Annual administration report of the Civil Veterinary Department of India - 1894-1895
Year: 1894
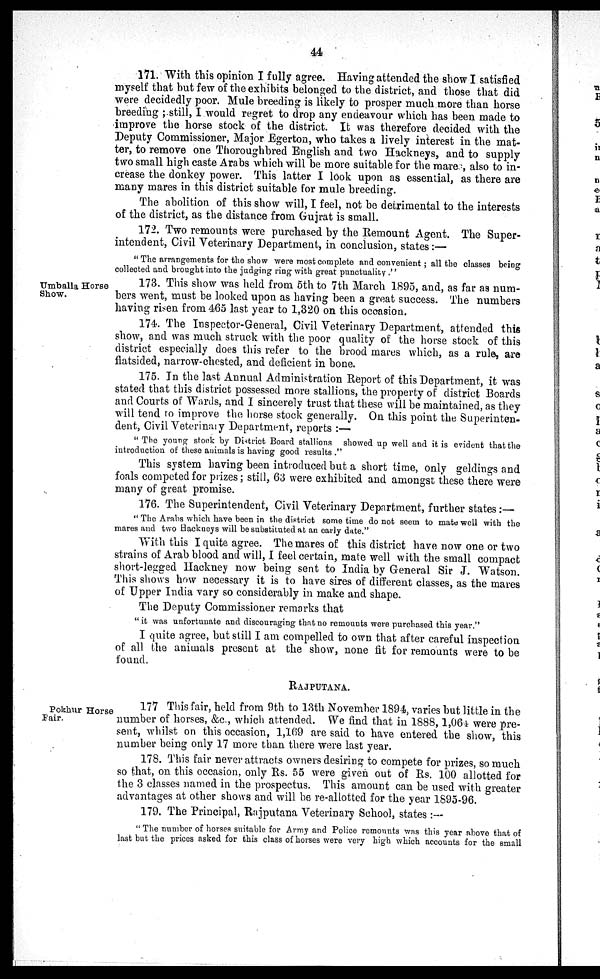
44
171. With this opinion I fully agree. Having attended the show I satisfied
myself that but few of the exhibits belonged to the district, and those that did
were decidedly poor. Mule breeding is likely to prosper much more than horse
breeding ; still, I would regret to drop any endeavour which has been made to
improve the horse stock of the district. It was therefore decided with the
Deputy Commissioner, Major Egerton, who takes a lively interest in the mat-
ter, to remove one Thoroughbred English and two Hackneys, and to supply
two small high caste Arabs which will be more suitable for the mares, also to in-
crease the donkey power. This latter I look upon as essential, as there are
many mares in this district suitable for mule breeding.
The abolition of this show will, I feel, not be detrimental to the interests
of the district, as the distance from Gujrat is small.
172. Two remounts were purchased by the Remount Agent. The Super-
intendent, Civil Veterinary Department, in conclusion, states:—
" The arrangements for the show were most complete and convenient; all the classes being
collected and brought into the judging ring with great punctuality ."
Umballa Horse
Show.
173. This show was held from 5th to 7th March 1895, and, as far as num-
bers went, must be looked upon as having been a great success. The numbers
having risen from 465 last year to 1,320 on this occasion.
174. The Inspector-General, Civil Veterinary Department, attended this
show, and was much struck with the poor quality of the horse stock of this
district especially does this refer to the brood mares which, as a rule, are
flatsided, narrow-chested, and deficient in bone.
175. In the last Annual Administration Report of this Department, it was
stated that this district possessed more stallions, the property of district Boards
and Courts of Wards, and I sincerely trust that these will be maintained, as they
will tend to improve the horse stock generally. On this point the Superinten-
dent, Civil Veterinary Department, reports :—
" The young stock by District Board stallions showed up well and it is evident that the
introduction of these animals is having good results ."
This system having been introduced but a short time, only geldings and
foals competed for prizes; still, 63 were exhibited and amongst these there were
many of great promise.
176. The Superintendent, Civil Veterinary Department, further states:—
" The Arabs which have been in the district some time do not seem to mate well with the
mares and two Hackneys will be substituted at an early date."
With this I quite agree. The mares of this district have now one or two
strains of Arab blood and will, I feel certain, mate well with the small compact
short-legged Hackney now being sent to India by General Sir J. Watson.
This shows how necessary it is to have sires of different classes, as the mares
of Upper India vary so considerably in make and shape.
The Deputy Commissioner remarks that
" it was unfortunate and discouraging that no remounts were purchased this year."
I quite agree, but still I am compelled to own that after careful inspection
of all the animals present at the show, none fit for remounts were to be
found.
RAJPUTANA.
Pokhur Horse
Fair.
177 This fair, held from 9th to 13th November 1894, varies but little in the
number of horses, &c., which attended. We find that in 1888, 1,064 were pre-
sent, whilst on this occasion, 1,169 are said to have entered the show, this
number being only 17 more than there were last year.
178. This fair never attracts owners desiring to compete for prizes, so much
so that, on this occasion, only Rs. 55 were given out of Rs. 100 allotted for
the 3 classes named in the prospectus. This amount can be used with greater
advantages at other shows and will be re-allotted for the year 1895-96.
179. The Principal, Rajputana Veterinary School, states :—
" The number of horses suitable for Army and Police remounts was this year above that of
last but the prices asked for this class of horses were very high which accounts for the small